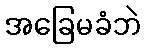
အခြေမခံဘဲ